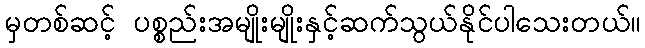
မှတစ်ဆင့် ပစ္စည်းအမျိုးမျိုးနှင့်ဆက်သွယ်နိုင်ပါသေးတယ်။